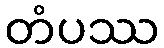
တံပဿ